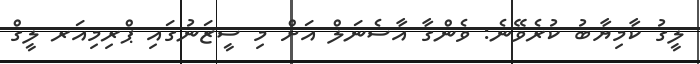
ލީގު ކާމިޔާބު ކުރެވޭނެ: ވެންގާ އާސެނަލް އަށް މި ސީޒަނުގައި ޕްރިމިއަރ ލީގް